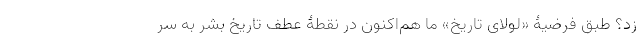
زد؟ طبق فرضیۀ «لولای تاریخ» ما هم‌اکنون در نقطۀ عطف تاریخ بشر به سر